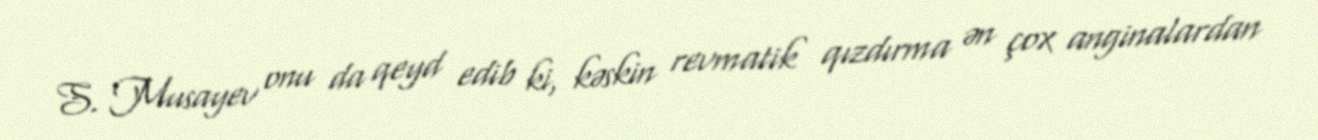
S. Musayev onu da qeyd edib ki, kəskin revmatik qızdırma ən çox anginalardan